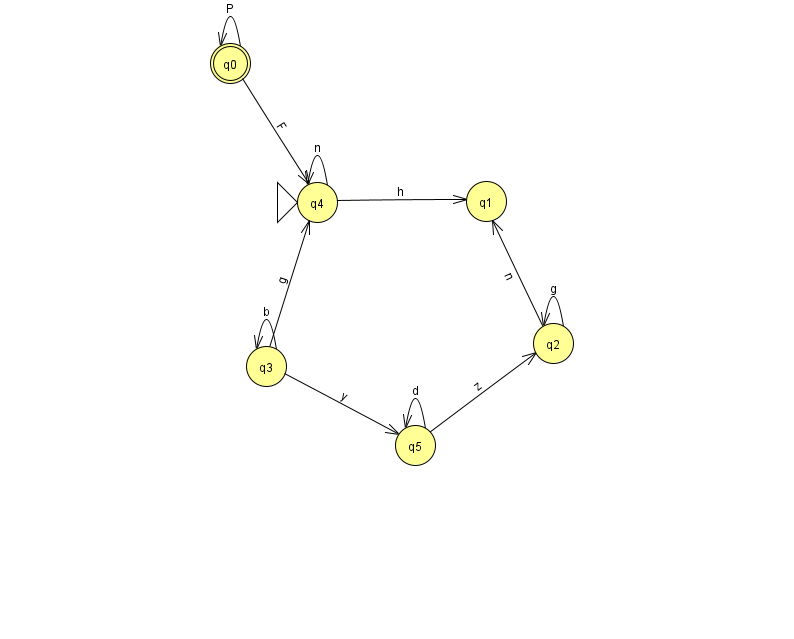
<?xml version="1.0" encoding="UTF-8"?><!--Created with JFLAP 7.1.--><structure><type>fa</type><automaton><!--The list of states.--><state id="0" name="q0"><x>230.0</x><y>50.0</y><final/></state><state id="1" name="q1"><x>486.0</x><y>188.0</y></state><state id="2" name="q2"><x>553.0</x><y>330.0</y></state><state id="3" name="q3"><x>266.0</x><y>353.0</y></state><state id="4" name="q4"><x>317.0</x><y>189.0</y><initial/></state><state id="5" name="q5"><x>415.0</x><y>432.0</y></state><!--The list of transitions.--><transition><from>0</from><to>0</to><read>P</read></transition><transition><from>3</from><to>4</to><read>g</read></transition><transition><from>0</from><to>4</to><read>F</read></transition><transition><from>3</from><to>3</to><read>b</read></transition><transition><from>5</from><to>5</to><read>d</read></transition><transition><from>2</from><to>1</to><read>n</read></transition><transition><from>2</from><to>2</to><read>g</read></transition><transition><from>4</from><to>1</to><read>h</read></transition><transition><from>5</from><to>2</to><read>z</read></transition><transition><from>3</from><to>5</to><read>y</read></transition><transition><from>4</from><to>4</to><read>n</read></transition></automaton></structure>